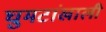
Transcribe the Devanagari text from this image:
घुमटांखाली